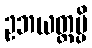
ဥဘယတ္ထမ္ပိ